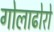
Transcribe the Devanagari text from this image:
गोलाढोरो